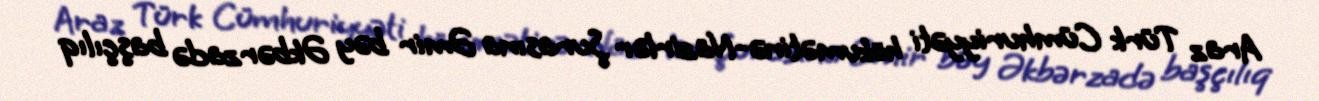
Araz Türk Cümhuriyyəti hökumətinə-Nazirlər Şurasına Əmir bəy Əkbərzadə başçılıq